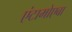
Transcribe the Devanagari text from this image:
एंटामोएबा